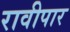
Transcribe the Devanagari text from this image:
रावीपार